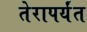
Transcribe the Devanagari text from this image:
तेरापर्यंत